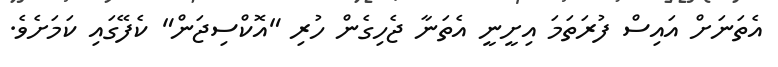
އެތަނަށް އައިސް ފުރަތަމަ އިށީނީ އެތަނާ ޖެހިގެން ހުރި "އޮކްސިޖަން" ކެފޭގައި ކަމަށެވެ.